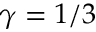
\gamma = 1 / 3